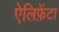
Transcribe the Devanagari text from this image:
ऐलिफ़ेंटा